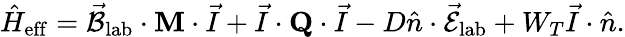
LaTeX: \hat{H}_{\mathrm{eff}}=\vec{\mathcal{B}}_{\mathrm{lab}}\cdot\mathbf{M}\cdot\vec{I}+\vec{I}\cdot\mathbf{Q}\cdot\vec{I}-D\hat{n}\cdot\vec{\mathcal{E}}_{\mathrm{lab}}+W_{T}\vec{I}\cdot\hat{n}.